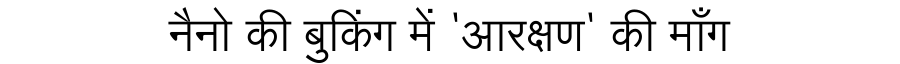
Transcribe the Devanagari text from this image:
नैनो की बुकिंग में 'आरक्षण' की माँग